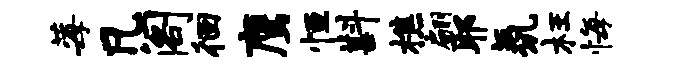
莓凡阁徊鹰恒斟樵翩耶氛枉悔